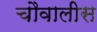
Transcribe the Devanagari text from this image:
चौवालीस